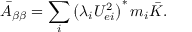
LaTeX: \bar { A } _ { \beta \beta } = \sum _ { i } \left( \lambda _ { i } U _ { e i } ^ { 2 } \right) ^ { * } m _ { i } \bar { K } .